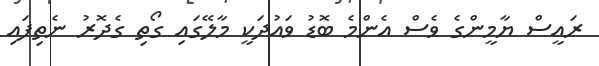
ރައީސް ޔާމީންގެ ވެސް އެންމެ ބޮޑު ވައުދަކީ މާލޭގައި ގޯތި ގެދޮރު ނެތިފައި